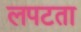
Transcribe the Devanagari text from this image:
लपटता